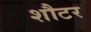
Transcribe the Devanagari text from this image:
शौटर